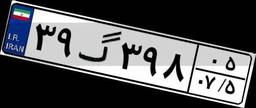
۷۳گ۰۵۵۷۴